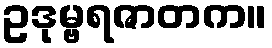
ဥဒုမ္ဗရဇာတက။